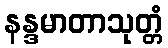
နန္ဒမာတာသုတ္တံ